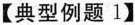
【典型例题1】